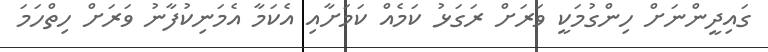
ގައިދީންނަށް ހިންގުމަކީ ވަރަށް ރަގަޅު ކަމެއް ކަމަށާއި އެކަމާ އެމަނިކުފާނު ވަރަށް ހިތްހަމަ